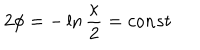
2 \phi = - \ln { \frac { \kappa } { 2 } } = c o n s t